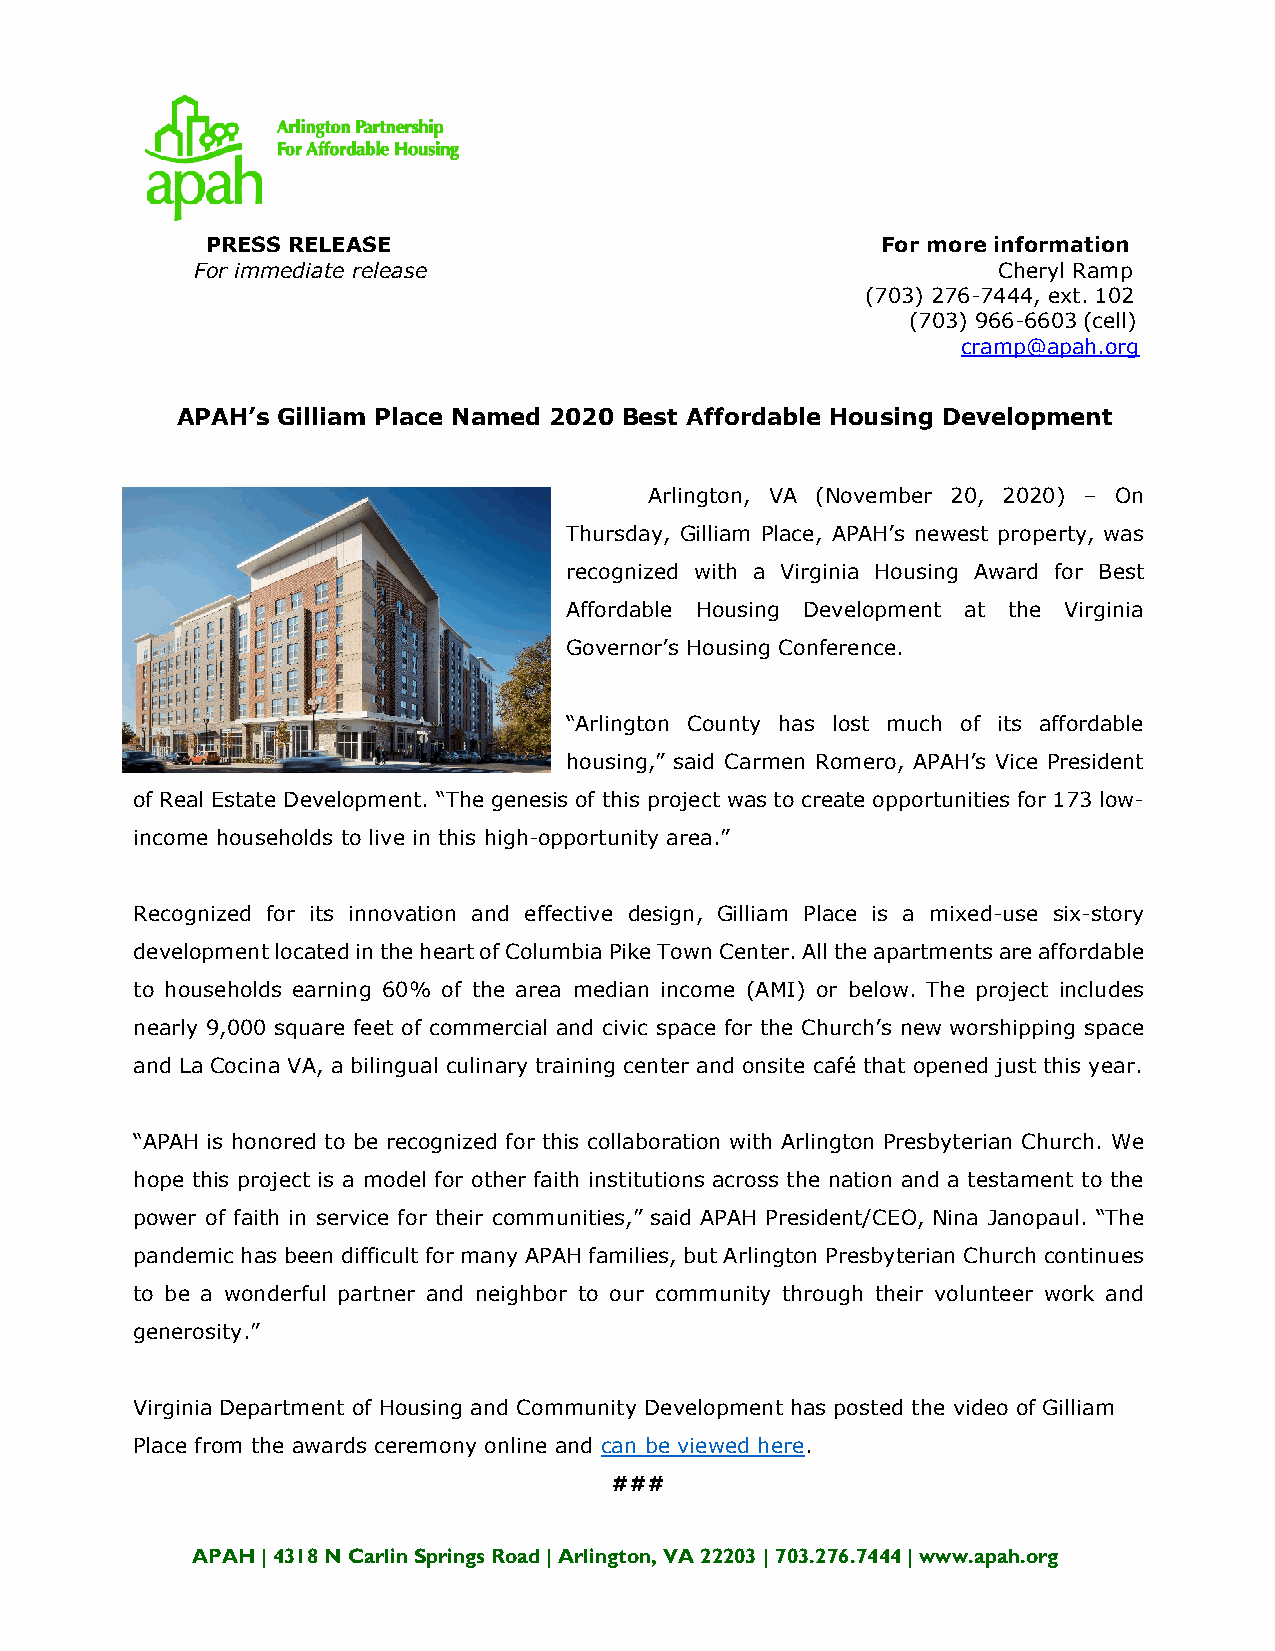
PRESS RELEASE                               For more information
 For immediate release                                Cheryl Ramp
 (703) 276-7444, ext. 102
 (703) 966-6603 (cell)
 cramp@apah.org
 APAH’s Gilliam Place Named 2020 Best Affordable Housing Development
 Arlington, VA (November 20, 2020) – On
 Thursday, Gilliam Place, APAH’s newest property, was
 recognized with a Virginia Housing Award for Best
 Affordable Housing Development at the Virginia
 Governor’s Housing Conference.
 “Arlington County has lost much of its affordable
 housing,” said Carmen Romero, APAH’s Vice President
 of Real Estate Development. “The genesis of this project was to create opportunities for 173 low-
 income households to live in this high-opportunity area.”
 Recognized for its innovation and effective design, Gilliam Place is a mixed-use six-story
 development located in the heart of Columbia Pike Town Center. All the apartments are affordable
 to households earning 60% of the area median income (AMI) or below. The project includes
 nearly 9,000 square feet of commercial and civic space for the Church’s new worshipping space
 and La Cocina VA, a bilingual culinary training center and onsite café that opened just this year.
 “APAH is honored to be recognized for this collaboration with Arlington Presbyterian Church. We
 hope this project is a model for other faith institutions across the nation and a testament to the
 power of faith in service for their communities,” said APAH President/CEO, Nina Janopaul. “The
 pandemic has been difficult for many APAH families, but Arlington Presbyterian Church continues
 to be a wonderful partner and neighbor to our community through their volunteer work and
 generosity.”
 Virginia Department of Housing and Community Development has posted the video of Gilliam
 Place from the awards ceremony online and can be viewed here.
 ###
 APAH | 4318 N Carlin Springs Road | Arlington, VA 22203 | 703.276.7444 | www.apah.org